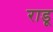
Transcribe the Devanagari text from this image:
राडू